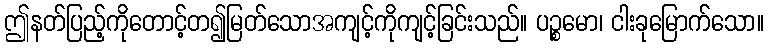
ဤနတ်ပြည့်ကိုတောင့်တ၍မြတ်သောအကျင့်ကိုကျင့်ခြင်းသည်။ ပဉ္စမော၊ ငါးခုမြောက်သော။